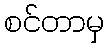
စင်တာမှ